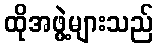
ထိုအဖွဲ့များသည်